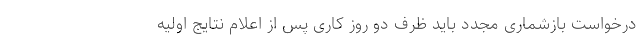
درخواست بازشماری مجدد باید ظرف دو روز کاری پس از اعلام نتایج اولیه